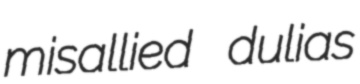
misallied dulias